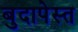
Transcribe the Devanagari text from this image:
बुदापेस्त